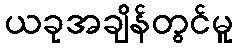
ယခုအချိန်တွင်မူ